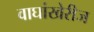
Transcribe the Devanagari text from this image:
वाघांखेरीज